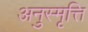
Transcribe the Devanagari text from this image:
अनुस्मृत्ति